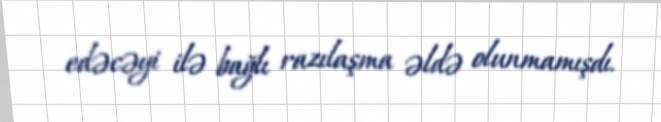
edəcəyi ilə bağlı razılaşma əldə olunmamışdı.